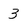
Character: 3